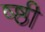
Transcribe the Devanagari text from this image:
ष्ष्ठी